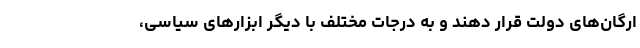
ارگان‌های دولت قرار دهند و به درجات مختلف با دیگر ابزارهای سیاسی،